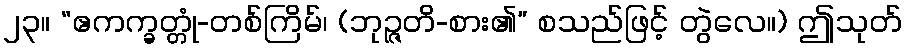
၂၃။ “ဧကက္ခတ္တုံ-တစ်ကြိမ်၊ (ဘုဉ္ဇတိ-စား၏” စသည်ဖြင့် တွဲလေ။) ဤသုတ်